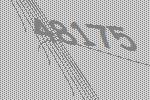
48175